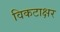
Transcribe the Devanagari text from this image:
विकटाक्षर